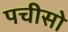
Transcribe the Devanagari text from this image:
पचीसो